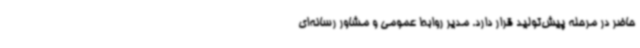
حاضر در مرحله پیش‌تولید قرار دارد. مدیر روابط عمومی و مشاور رسانه‌ای